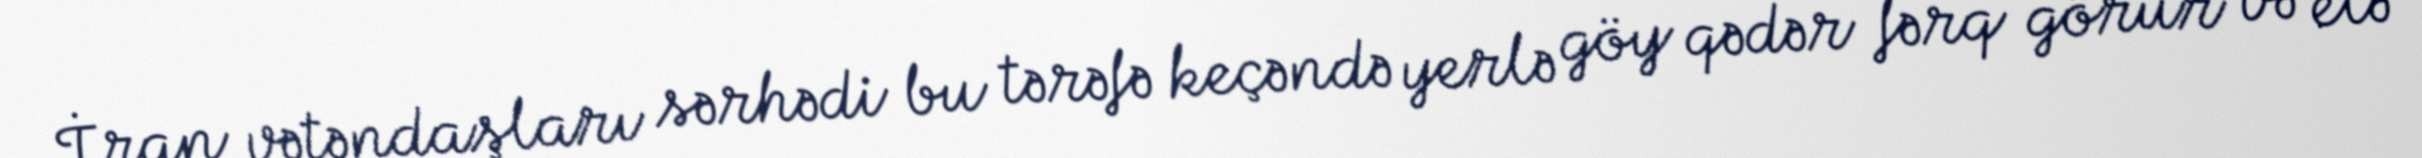
İran vətəndaşları sərhədi bu tərəfə keçəndə yerlə göy qədər fərq görür və elə